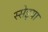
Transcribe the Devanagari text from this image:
स्सेइया